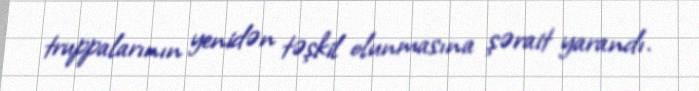
truppalarının yenidən təşkil olunmasına şərait yarandı.